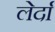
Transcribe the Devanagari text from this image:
लेर्दा